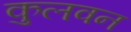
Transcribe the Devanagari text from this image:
कुलवन